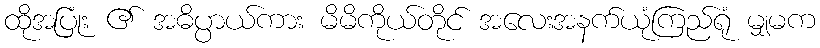
ထိုအပြုံး ၏ အဓိပ္ပာယ်ကား မိမိကိုယ်တိုင် အလေးအနက်ယုံကြည်ရုံ မျှမက